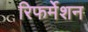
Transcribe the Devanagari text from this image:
रिफर्मेशन